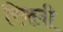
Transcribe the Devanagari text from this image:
रिक्ली